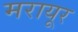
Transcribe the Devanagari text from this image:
मरायूर